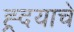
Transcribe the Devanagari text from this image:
ह्र्दयाचे